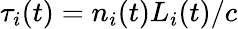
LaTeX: \tau_{i}(t)=n_{i}(t)L_{i}(t)/c